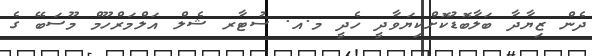
ދެން ޒިޔާދާ ބަލާބޮޑުކޮށްކިޔަވާދީ ހެދީ މ.އ. ސުޓާރ ޝެލް އަލްމަރްހޫމް މޫސަބޭ ގެ